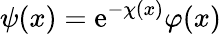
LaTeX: \psi(x)=\mathrm{e}^{-\chi(x)}\varphi(x)